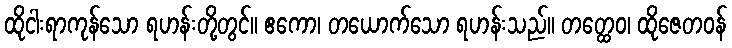
ထိုငါးရာကုန်သော ရဟန်းတို့တွင်။ ဧကော၊ တယောက်သော ရဟန်းသည်။ တတ္ထေဝ၊ ထိုဇေတဝန်